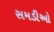
સમડીઓ